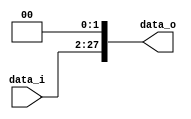
module Shift26
(
	data_i,
	data_o
);

input [25:0] data_i;
output [27:0] data_o;

assign data_o = data_i << 2;

endmodule